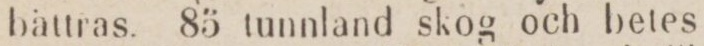
bättras. 85 tunnland skog och betes